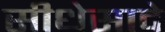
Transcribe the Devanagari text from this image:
सीधेसादे